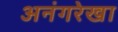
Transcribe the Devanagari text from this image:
अनंगरेखा